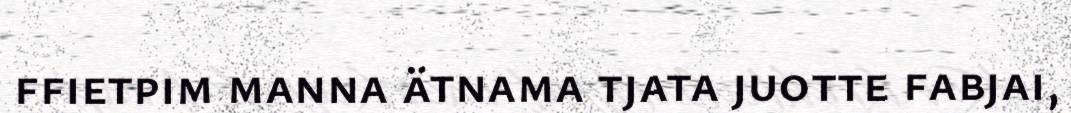
ffietpim manna ätnama tjata juotte fabjai,